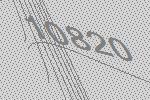
10820